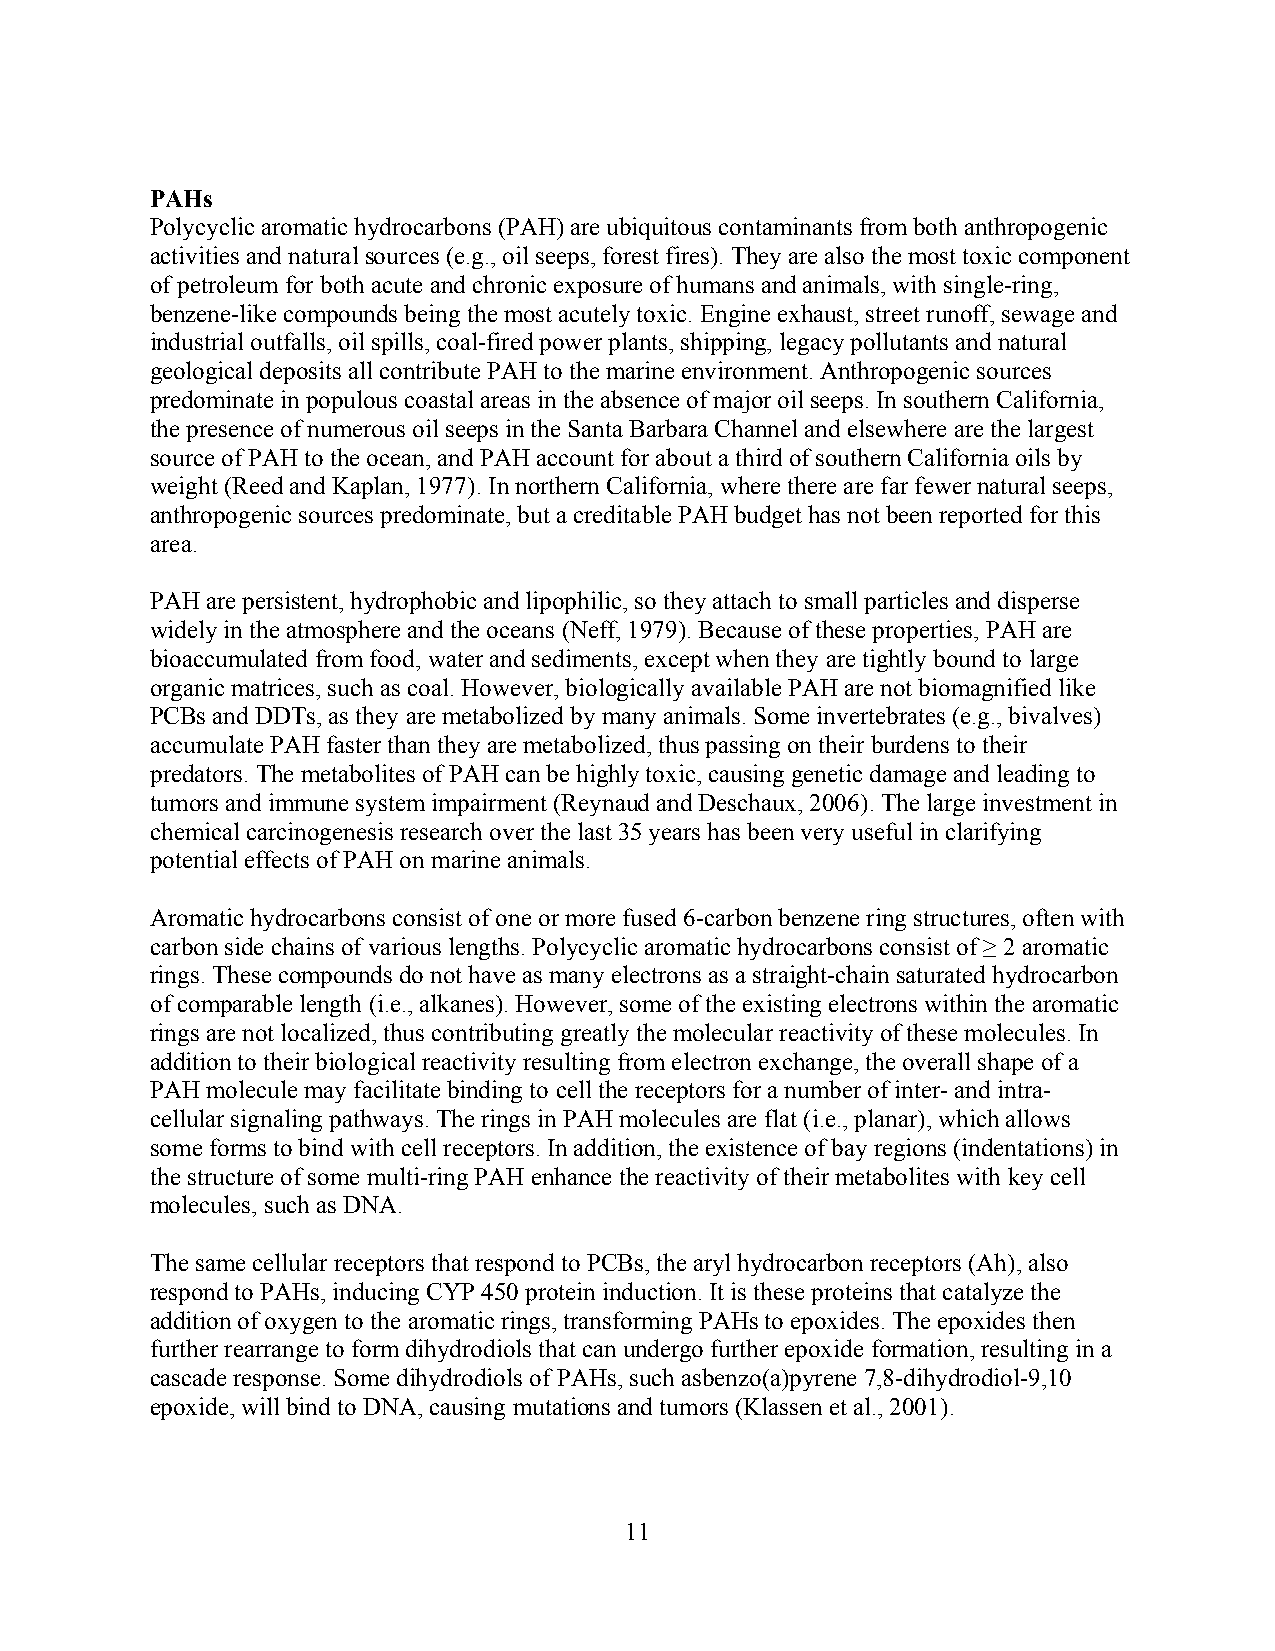
PAHs
 Polycyclic aromatic hydrocarbons (PAH) are ubiquitous contaminants from both anthropogenic
 activities and natural sources (e.g., oil seeps, forest fires). They are also the most toxic component
 of petroleum for both acute and chronic exposure of humans and animals, with single-ring,
 benzene-like compounds being the most acutely toxic. Engine exhaust, street runoff, sewage and
 industrial outfalls, oil spills, coal-fired power plants, shipping, legacy pollutants and natural
 geological deposits all contribute PAH to the marine environment. Anthropogenic sources
 predominate in populous coastal areas in the absence of major oil seeps. In southern California,
 the presence of numerous oil seeps in the Santa Barbara Channel and elsewhere are the largest
 source of PAH to the ocean, and PAH account for about a third of southern California oils by
 weight (Reed and Kaplan, 1977). In northern California, where there are far fewer natural seeps,
 anthropogenic sources predominate, but a creditable PAH budget has not been reported for this
 area.
 PAH are persistent, hydrophobic and lipophilic, so they attach to small particles and disperse
 widely in the atmosphere and the oceans (Neff, 1979). Because of these properties, PAH are
 bioaccumulated from food, water and sediments, except when they are tightly bound to large
 organic matrices, such as coal. However, biologically available PAH are not biomagnified like
 PCBs and DDTs, as they are metabolized by many animals. Some invertebrates (e.g., bivalves)
 accumulate PAH faster than they are metabolized, thus passing on their burdens to their
 predators. The metabolites of PAH can be highly toxic, causing genetic damage and leading to
 tumors and immune system impairment (Reynaud and Deschaux, 2006). The large investment in
 chemical carcinogenesis research over the last 35 years has been very useful in clarifying
 potential effects of PAH on marine animals.
 Aromatic hydrocarbons consist of one or more fused 6-carbon benzene ring structures, often with
 carbon side chains of various lengths. Polycyclic aromatic hydrocarbons consist of ≥ 2 aromatic
 rings. These compounds do not have as many electrons as a straight-chain saturated hydrocarbon
 of comparable length (i.e., alkanes). However, some of the existing electrons within the aromatic
 rings are not localized, thus contributing greatly the molecular reactivity of these molecules. In
 addition to their biological reactivity resulting from electron exchange, the overall shape of a
 PAH molecule may facilitate binding to cell the receptors for a number of inter- and intra-
 cellular signaling pathways. The rings in PAH molecules are flat (i.e., planar), which allows
 some forms to bind with cell receptors. In addition, the existence of bay regions (indentations) in
 the structure of some multi-ring PAH enhance the reactivity of their metabolites with key cell
 molecules, such as DNA.
 The same cellular receptors that respond to PCBs, the aryl hydrocarbon receptors (Ah), also
 respond to PAHs, inducing CYP 450 protein induction. It is these proteins that catalyze the
 addition of oxygen to the aromatic rings, transforming PAHs to epoxides. The epoxides then
 further rearrange to form dihydrodiols that can undergo further epoxide formation, resulting in a
 cascade response. Some dihydrodiols of PAHs, such asbenzo(a)pyrene 7,8-dihydrodiol-9,10
 epoxide, will bind to DNA, causing mutations and tumors (Klassen et al., 2001).
 11